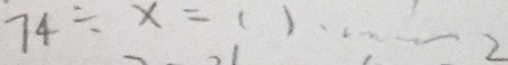
7 4 \div x = ( ) \cdots 2